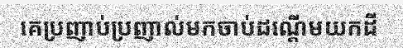
គេប្រញាប់ប្រញាល់មកចាប់ដណ្តើមយកដី